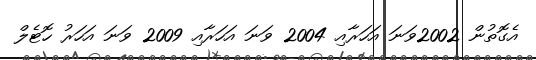
އެގޮތުން 2002ވަނަ އަހަރާއި 2004 ވަނަ އަހަރާއި 2009 ވަނަ އަހަރު ހޮޓެލް